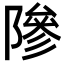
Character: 𬯘